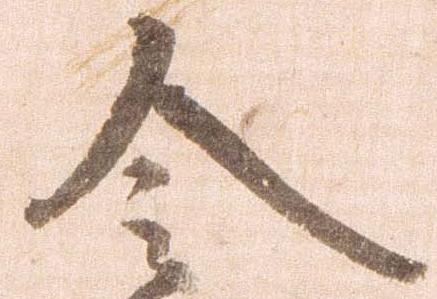
令